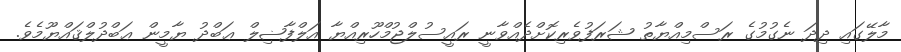
މާލޭގައި ދިދަ ނެގުމުގެ ރަސްމިއްޔާތު ޝަރަފުވެރިކޮށްދެއްވާނީ ރައީސުލްޖުމްހޫރިއްޔާ އަލްފާޟިލް ޢަބްދު ޔާމީން ޢަބްދުލްޤައްޔޫމެވެ.